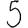
Digit: 5